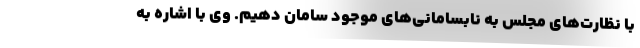
با نظارت‌های مجلس به نابسامانی‌های موجود سامان دهیم. وی با اشاره به